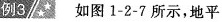
例3 如图1-2-7所示，地平